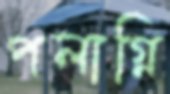
পলাগ্নি